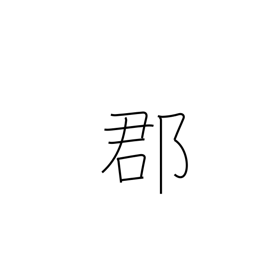
Meaning: county